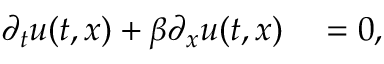
\begin{array} { r l } { \partial _ { t } u ( t , x ) + \beta \partial _ { x } u ( t , x ) } & { { } = 0 , } \end{array}